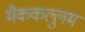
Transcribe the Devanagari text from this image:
मैककल्लुम